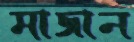
মাজান